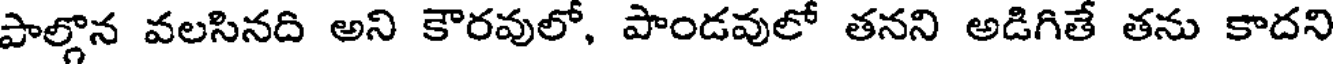
పాల్గొన వలసినది అని కౌరవులో, పాండవులో తనని అడిగితే తను కాదని